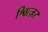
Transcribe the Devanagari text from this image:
श्वित्ज़र